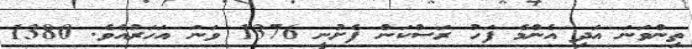
ތިންވަނަ އަދި އެންމެ ފަހު ރަސްކަން ފެށުނީ 1376 ވަނަ އަހަރުއެވެ. 1380